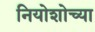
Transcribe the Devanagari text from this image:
नियोशोच्या